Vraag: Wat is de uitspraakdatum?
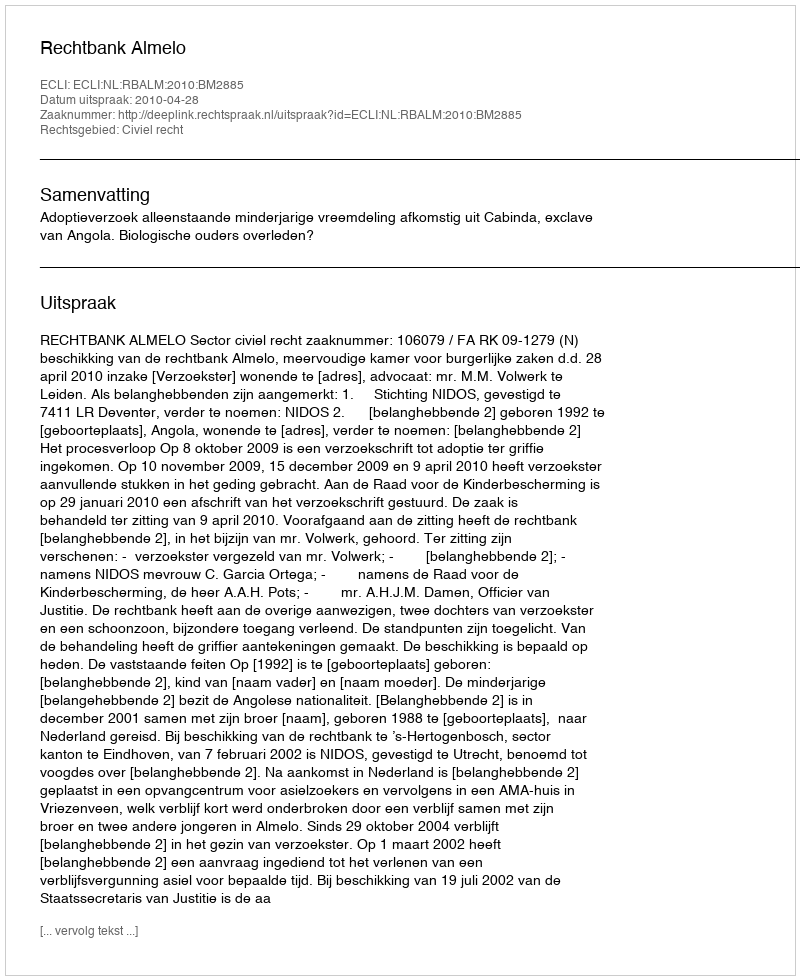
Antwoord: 2010-04-28